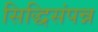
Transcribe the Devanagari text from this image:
सिद्धिसंपन्न